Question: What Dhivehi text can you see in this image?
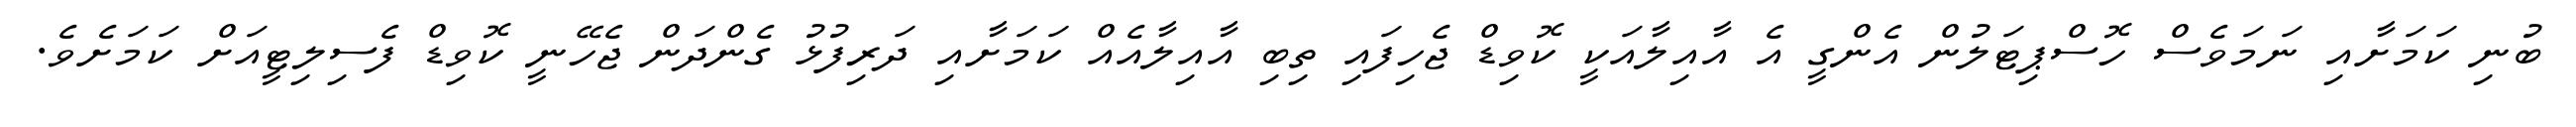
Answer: ބުނި ކަމަށާއި ނަމަވެސް ހޮސްޕިޓަލުން އެންގީ އެ އާއިލާއަކީ ކޮވިޑް ޖެހިފައި ތިބި އާއިލާއެއް ކަމަށާއި ދަރިފުޅު ގެންދަން ޖެހޭނީ ކޮވިޑް ފެސިލިޓީއަށް ކަމަށެވެ.